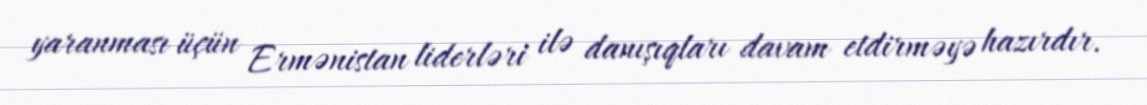
yaranması üçün Ermənistan liderləri ilə danışıqları davam etdirməyə hazırdır.